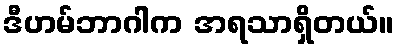
ဒီဟမ်ဘာဂါက အရသာရှိတယ်။